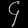
Digit: ၄